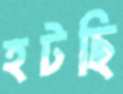
হটছি